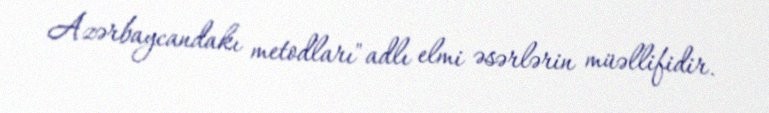
Azərbaycandakı metodları" adlı elmi əsərlərin müəllifidir.